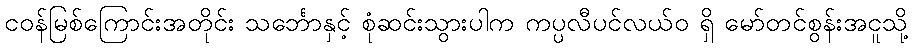
ငဝန်မြစ်ကြောင်းအတိုင်း သင်္ဘောနှင့် စုံဆင်းသွားပါက ကပ္ပလီပင်လယ်ဝ ရှိ မော်တင်စွန်းအငူသို့